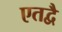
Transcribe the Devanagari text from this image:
एतद्वै